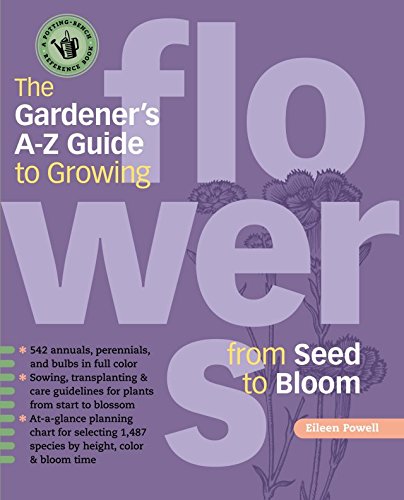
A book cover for The Gardener's A-Z Guide to Growing Flowers from Seed to Bloom: 576 annuals, perennials, and bulbs in full color (Potting-Bench Reference Books); Eileen Powell; Crafts, Hobbies & Home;